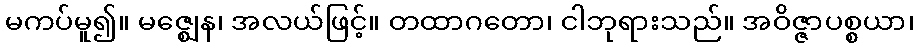
မကပ်မူ၍။ မဇ္ဈေန၊ အလယ်ဖြင့်။ တထာဂတော၊ ငါဘုရားသည်။ အဝိဇ္ဇာပစ္စယာ၊